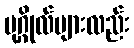
ပုဂ္ဂိုလ်များလည်း